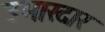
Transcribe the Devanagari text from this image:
उभारदार